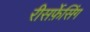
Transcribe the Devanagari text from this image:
रीसर्फ़ेसिंग